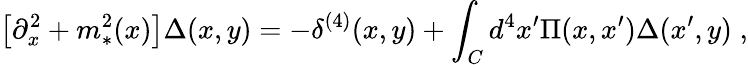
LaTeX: \big[\partial_{x}^{2}+m_{*}^{2}(x)\big]\Delta(x,y)=-\delta^{(4)}(x,y)+\int_{C}d^{4}x^{\prime}\Pi(x,x^{\prime})\Delta(x^{\prime},y)\; ,